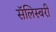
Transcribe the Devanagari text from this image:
सॅलिस्बरी